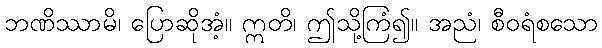
ဘဏိဿာမိ၊ ပြောဆိုအံ့။ ဣတိ၊ ဤသို့ကြံ၍။ အညံ၊ စီဝရံစသော